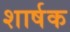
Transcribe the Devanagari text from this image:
शार्षक